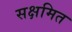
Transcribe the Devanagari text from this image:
सक्षमित